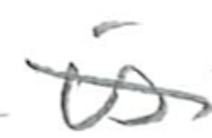
Text: is
Cross-out: mix
Writing tool: pencil